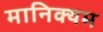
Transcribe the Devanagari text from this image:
मानिक्यम